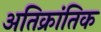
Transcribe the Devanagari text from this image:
अतिक्रांतिक